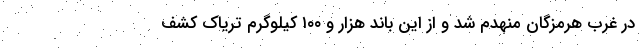
در غرب هرمزگان منهدم شد و از این باند هزار و ۱۰۰ کیلوگرم تریاک کشف